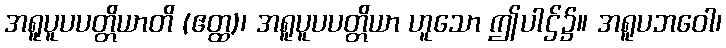
အရူပူပပတ္တိယာတိ (ဧတ္ထ)၊ အရူပူပပတ္တိယာ ဟူသော ဤပါဌ်၌။ အရူပဘဝေါ၊